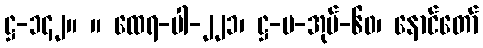
ဋ္ဌ-၁၄၂။ ။ ထေရ-ပါ-၂၂၁၊ ဋ္ဌ-ပ-အုပ်-၆၀၊ နောင်တော်